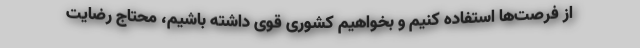
از فرصت‌ها استفاده کنیم و بخواهیم کشوری قوی داشته باشیم، محتاج رضایت